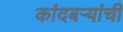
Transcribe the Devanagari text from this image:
कांदबर्‍यांची